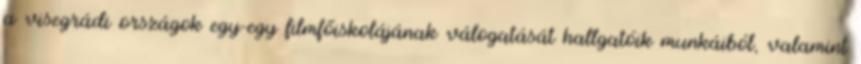
a visegrádi országok egy-egy filmfőiskolájának válogatását hallgatóik munkáiból, valamint